Annual administration report of the Civil Veterinary Department of India - 1896-1897
Year: 1896
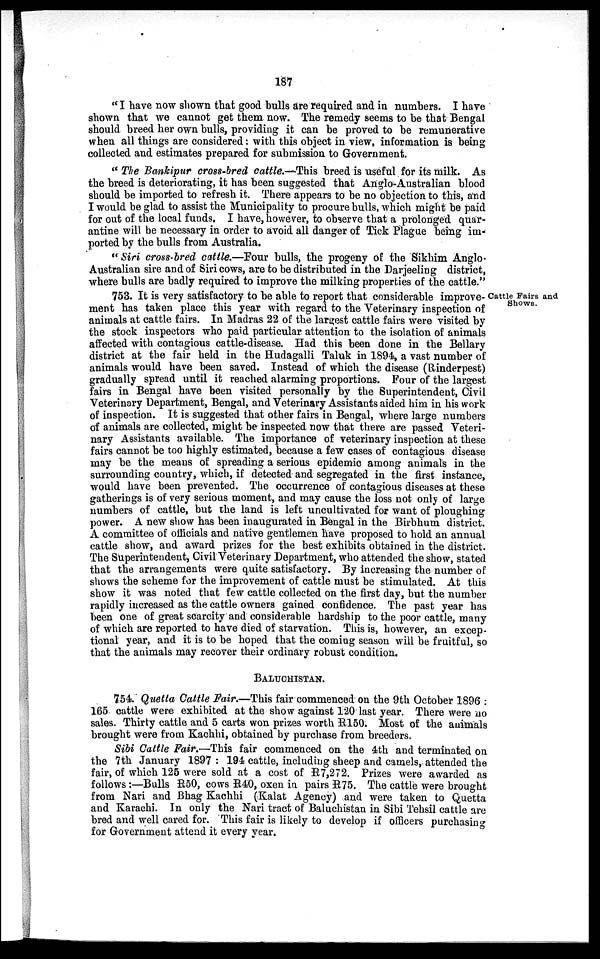
187
"I have now shown that good bulls are required and in numbers. I have
shown that we cannot get them now. The remedy seems to be that Bengal
should breed her own bulls, providing it can be proved to be remunerative
when all things are considered: with this object in view, information is being
collected and estimates prepared for submission to Government.
"The Bankipur cross-bred cattle.—This breed is useful for its milk. As
the breed is deteriorating, it has been suggested that Anglo-Australian blood
should be imported to refresh it. There appears to be no objection to this, and
I would be glad to assist the Municipality to procure bulls, which might be paid
for out of the local funds. I have, however, to observe that a prolonged quar-
antine will be necessary in order to avoid all danger of Tick Plague being im-
ported by the bulls from Australia.
" Siri cross-bred cattle.—Four bulls, the progeny of the Sikhim Anglo-
Australian sire and of Siri cows, are to be distributed in the Darjeeling district,
where bulls are badly required to improve the milking properties of the cattle."
Cattle Fairs and
Shows.
753. It is very satisfactory to be able to report that considerable improve-
ment has taken place this year with regard to the Veterinary inspection of
animals at cattle fairs. In Madras 22 of the largest cattle fairs were visited by
the stock inspectors who paid particular attention to the isolation of animals
affected with contagious cattle-disease. Had this been done in the Bellary
district at the fair held in the Hudagalli Taluk in 1894, a vast number of
animals would have been saved. Instead of which the disease (Rinderpest)
gradually spread until it reached alarming proportions. Four of the largest
fairs in Bengal have been visited personally by the Superintendent, Civil
Veterinary Department, Bengal, and Veterinary Assistants aided him in his work
of inspection. It is suggested that other fairs in Bengal, where large numbers
of animals are collected, might be inspected now that there are passed Veteri-
nary Assistants available. The importance of veterinary inspection at these
fairs cannot be too highly estimated, because a few cases of contagious disease
may be the means of spreading a serious epidemic among animals in the
surrounding country, which, if detected and segregated in the first instance,
would have been prevented. The occurrence of contagious diseases at these
gatherings is of very serious moment, and may cause the loss not only of large
numbers of cattle, but the land is left uncultivated for want of ploughing
power. A new show has been inaugurated in Bengal in the Birbhum district.
A committee of officials and native gentlemen have proposed to hold an annual
cattle show, and award prizes for the best exhibits obtained in the district.
The Superintendent, Civil Veterinary Department, who attended the show, stated
that the arrangements were quite satisfactory. By increasing the number of
shows the scheme for the improvement of cattle must be stimulated. At this
show it was noted that few cattle collected on the first day, but the number
rapidly increased as the cattle owners gained confidence. The past year has
been one of great scarcity and considerable hardship to the poor cattle, many
of which are reported to have died of starvation. This is, however, an excep-
tional year, and it is to be hoped that the coming season will be fruitful, so
that the animals may recover their ordinary robust condition.
BALUCHISTAN.
754. Quetta Cattle Fair.—This fair commenced on the 9th October 1896 :
165 cattle were exhibited at the show against 120 last year. There were no
sales. Thirty cattle and 5 carts won prizes worth R150. Most of the animals
brought were from Kachhi, obtained by purchase from breeders.
Sibi Cattle Fair.—This fair commenced on the 4th and terminated on
the 7th January 1897 : 194 cattle, including sheep and camels, attended the
fair, of which 125 were sold at a cost of R7,272. Prizes were awarded as
follows:—Bulls R50, cows R40, oxen in pairs R75. The cattle were brought
from Nari and Bhag Kachhi (Kalat Agency) and were taken to Quetta
and Karachi. In only the Nari tract of Baluchistan in Sibi Tehsil cattle are
bred and well cared for. This fair is likely to develop if officers purchasing
for Government attend it every year.